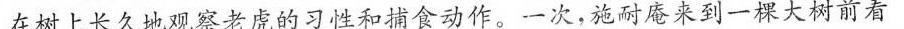
在树上长久地观察老虎的习性和捕食动作。一次，施耐庵来到一棵大树前看